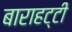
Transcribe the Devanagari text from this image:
बाराहट्टी